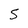
Character: S